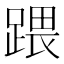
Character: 𨃄